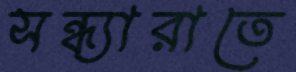
সন্ধ্যারাতে